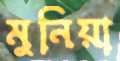
মুনিয়া